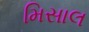
મિસાલ